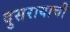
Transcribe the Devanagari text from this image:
दुसरायाची